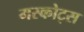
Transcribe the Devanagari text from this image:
मस्कोट्स